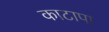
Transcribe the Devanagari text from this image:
काटापा